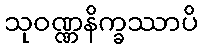
သုဝဏ္ဏနိက္ခဿာပိ